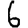
Digit: 6